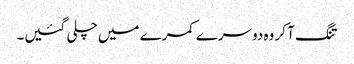
تنگ آ کر وہ دوسرے کمرے میں چلی گئیں۔